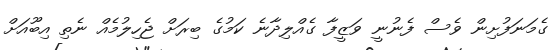
ގެމަނަފުށިން ވެސް ފެނުނީ ވަޒީފާ ގެއްލިދާނެ ކަމުގެ ބިރަށް ޖެހިލުމެއް ނެތި އިބޫއަށް